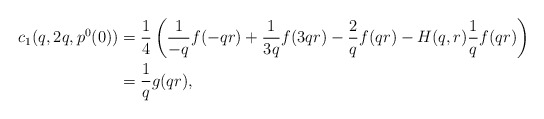
\begin{align*}c_1(q,2q,p^0(0)) &= \frac 14 \left( \frac{1}{-q}f(-qr) + \frac{1}{3q}f(3qr) - \frac{2}{q}f(qr) - H(q,r)\frac 1q f(qr)\right)\\&=\frac 1q g(qr),\end{align*}